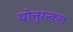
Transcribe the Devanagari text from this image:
थोत्तुरन्कल